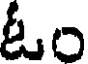
ఓం